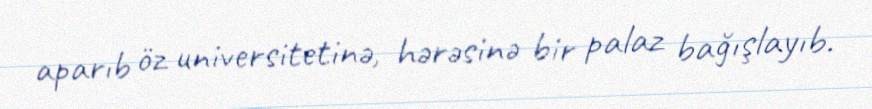
aparıb öz universitetinə, hərəsinə bir palaz bağışlayıb.